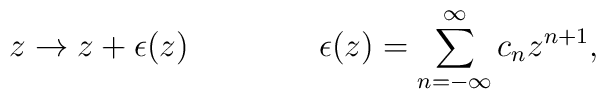
z\rightarrow z+\epsilon(z) \qquad \qquad \epsilon(z)=\sum_{n=-\infty}^{\infty}c_{n}z^{n+1},